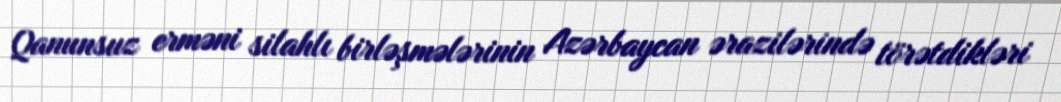
Qanunsuz erməni silahlı birləşmələrinin Azərbaycan ərazilərində törətdikləri